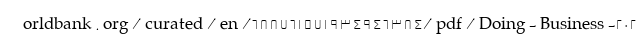
orldbank.org/curated/en/688761571934946384/pdf/Doing-Business-202